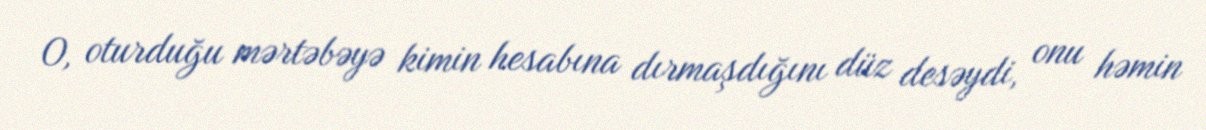
O, oturduğu mərtəbəyə kimin hesabına dırmaşdığını düz desəydi, onu həmin